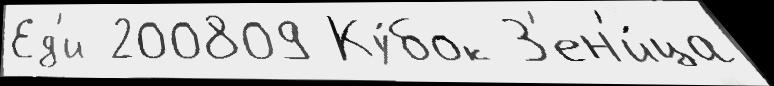
Ед'и 200809 Ку́бок З'ен'и́ца